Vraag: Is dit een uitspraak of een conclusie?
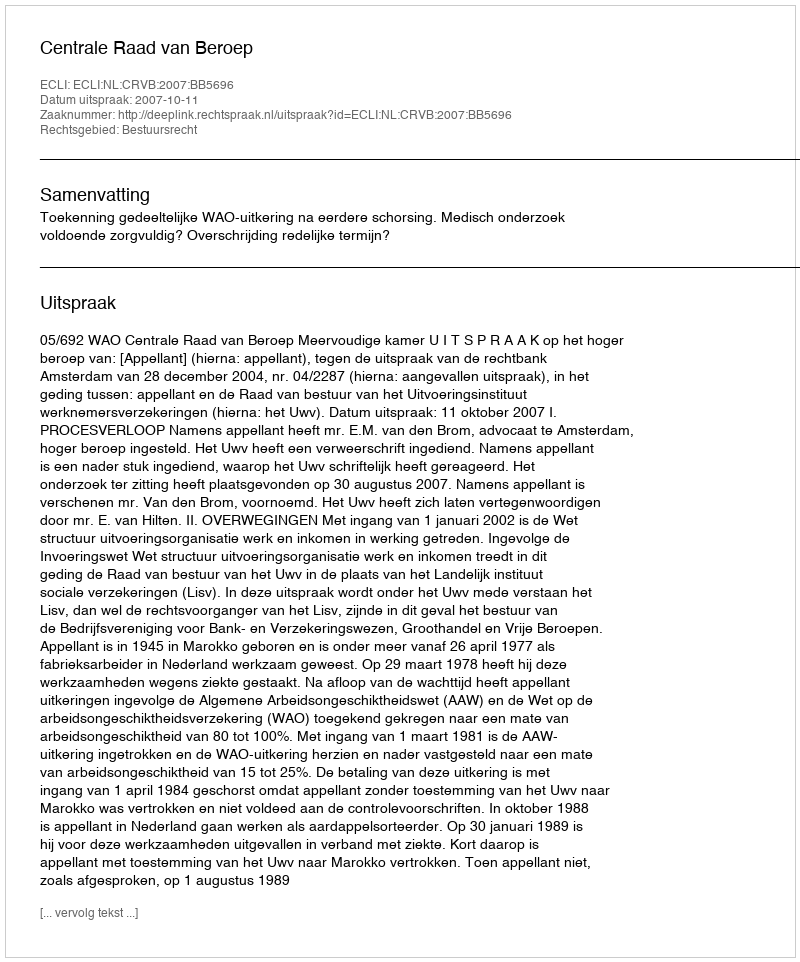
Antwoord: Uitspraak